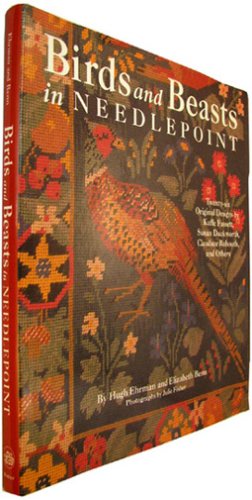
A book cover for Birds And Beasts In Needlepoint; Hugh Ehrman; Crafts, Hobbies & Home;